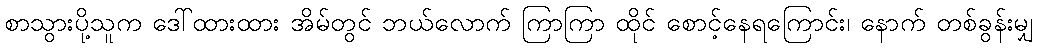
စာသွားပို့သူက ဒေါ်ထားထား အိမ်တွင် ဘယ်လောက် ကြာကြာ ထိုင် စောင့်နေရကြောင်း၊ နောက် တစ်ခွန်းမျှ